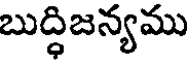
బుద్ధిజన్యము